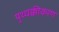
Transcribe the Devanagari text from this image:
पृथ्थक्कीकरण